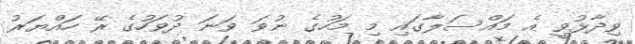
ވިދާޅުވީ އެ މައްސަލާގައި މި މަހުގެ ނުވަ ވަނަ ދުވަހުގެ ރޭ ހައްޔަރު